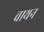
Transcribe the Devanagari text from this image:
वाथन